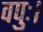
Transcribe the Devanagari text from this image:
वपुः।